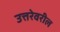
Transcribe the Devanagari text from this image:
उत्तरेवरील